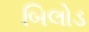
બિલોડ